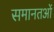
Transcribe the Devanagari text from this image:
समानतओं